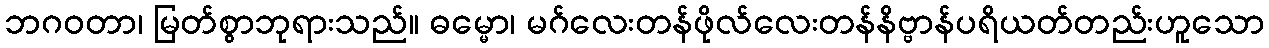
ဘဂဝတာ၊ မြတ်စွာဘုရားသည်။ ဓမ္မော၊ မဂ်လေးတန်ဖိုလ်လေးတန်နိဗ္ဗာန်ပရိယတ်တည်းဟူသော